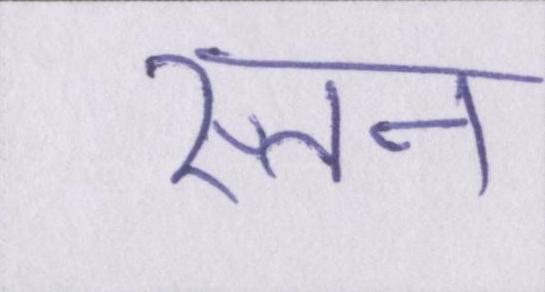
स्तन